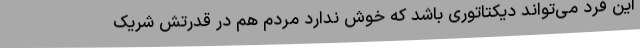
این فرد می‌تواند دیکتاتوری باشد که خوش ندارد مردم هم در قدرتش شریک